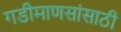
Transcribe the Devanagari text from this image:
गडीमाणसांसाठी